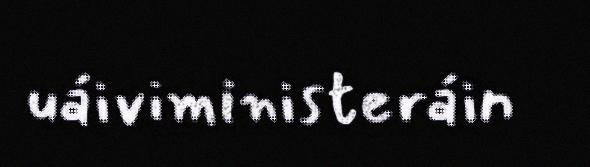
uáiviministeráin